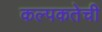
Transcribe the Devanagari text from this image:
कल्पकतेची